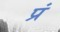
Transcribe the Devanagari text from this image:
प्रं